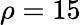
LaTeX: \rho=15